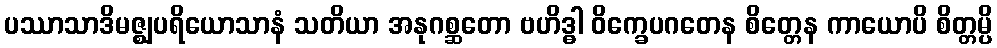
ပဿာသာဒိမဇ္ဈပရိယောသာနံ သတိယာ အနုဂစ္ဆတော ဗဟိဒ္ဓါ ဝိက္ခေပဂတေန စိတ္တေန ကာယောပိ စိတ္တမ္ပိ